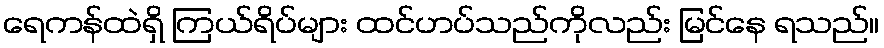
ရေကန်ထဲရှိ ကြယ်ရိပ်များ ထင်ဟပ်သည်ကိုလည်း မြင်နေ ရသည်။